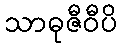
သာဓုဇီဝီပိ